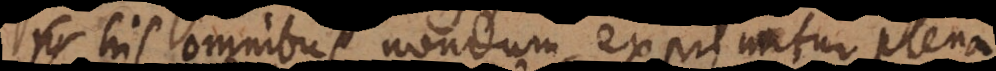
his omnibus nondum exprimitur plena